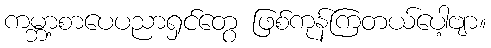
ကမ္ဘာ့စာပေပညာရှင်တွေ ဖြစ်ကုန်ကြတယ်ပေါ့ဗျာ။